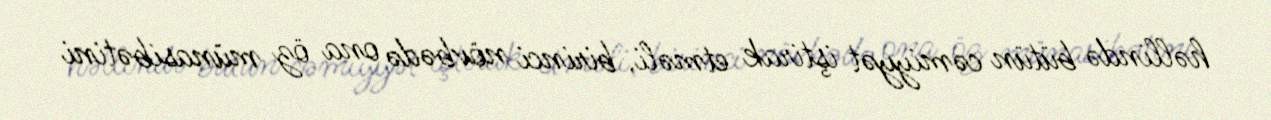
həllində bütün cəmiyyət iştirak etməli, birinci növbədə ona öz münasibətini